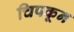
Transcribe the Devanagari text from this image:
चिपकून